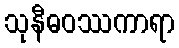
သုနီဓဝဿကာရာ